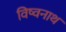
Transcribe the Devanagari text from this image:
विष्वनाथ